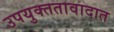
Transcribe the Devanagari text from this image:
उपयुक्ततावादात